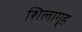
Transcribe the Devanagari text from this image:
शिलागृह